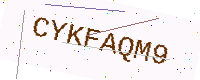
Text: CYKFAQM9